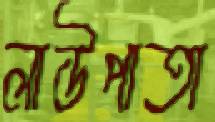
লাউপাতা